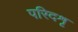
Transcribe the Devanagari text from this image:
परिदशृ